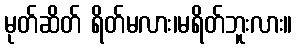
မုတ်ဆိတ် ရိတ်မလား၊မရိတ်ဘူးလား။